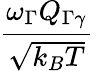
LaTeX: \frac{\omega_{\Gamma}Q_{\Gamma\gamma}}{\sqrt{k_{B}T}}